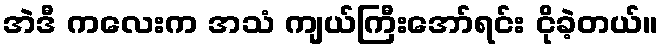
အဲဒီ ကလေးက အသံ ကျယ်ကြီးအော်ရင်း ငိုခဲ့တယ်။